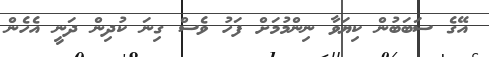
އޭގެ ސަބަބުން ކިޔަވާ ނިންމުމަށް ފަހު ވެސް ގިނަ ކުދިން ދަނީ އެހެން